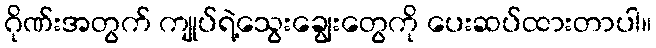
ဂိုဏ်းအတွက် ကျုပ်ရဲ့သွေးချွေးတွေကို ပေးဆပ်ထားတာပါ။